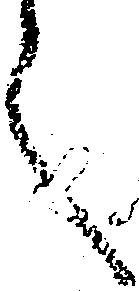
之